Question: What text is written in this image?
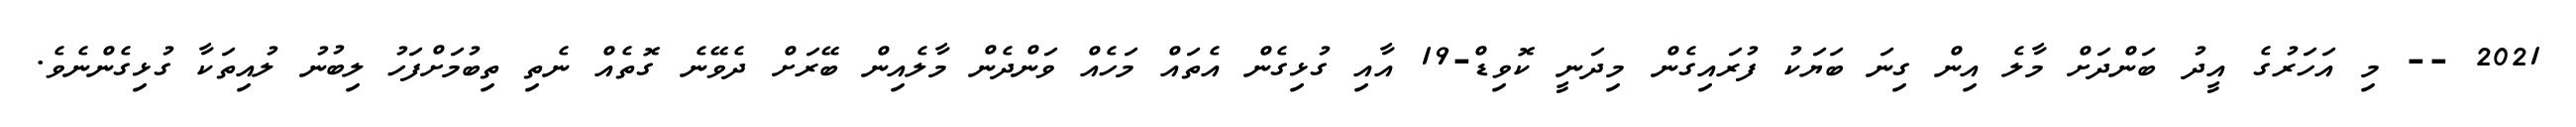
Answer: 2021 -- މި އަހަރުގެ އީދު ބަންދަށް މާލެ އިން ގިނަ ބަޔަކު ފުރައިގެން މިދަނީ ކޮވިޑް-19 އާއި ގުޅިގެން އެތައް މަހެއް ވަންދެން މާލެއިން ބޭރަށް ދެވޭނެ ގޮތެއް ނެތި ތިބުމަށްފަހު ލިބުނު ލުއިތަކާ ގުޅިގެންނެވެ.